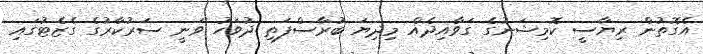
އެގޮތުން ރިޔާސީ ކޮމިޝަނުގެ ގަވާއިދެއް މިދިޔަ ބުރާސްފަތި ދުވަހު ވަނީ ސަރުކާރުގެ ގެޒެޓުގައި